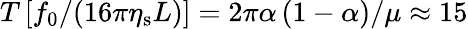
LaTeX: T\left[f_{0}/(16\pi\eta_{\mathrm{s}}L)\right]=2\pi\alpha\left(1-\alpha\right)/\mu\approx 15